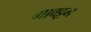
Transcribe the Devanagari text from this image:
मावट्टम